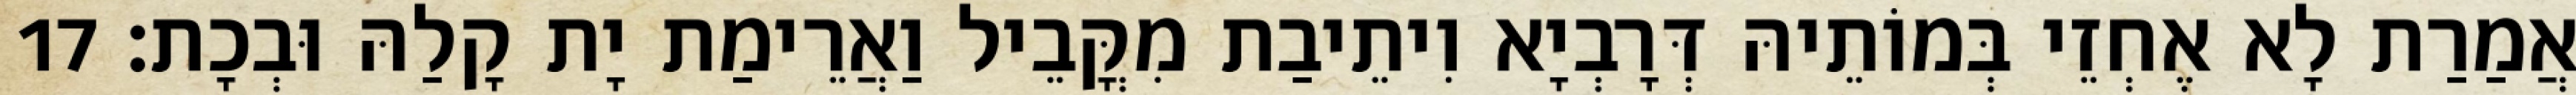
אֲמַרַת לָא אֶחְזֵי בְּמוֹתֵיהּ דְּרָבְיָא וִיתֵיבַת מִקֳּבֵיל וַאֲרֵימַת יָת קָלַהּ וּבְכָת׃ 17